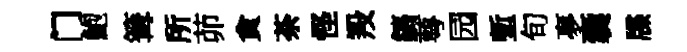
门鮑篝所茆貪荼怪羖鎬萼园塹旬夣囊牒